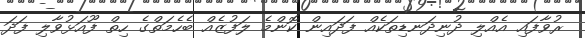
ރުވާފައި އެއްލި ދުނިދަނޑިތަކެއް ފަދައިން ކޮންމެ ލަފުޒެއް ބެހެމަތްގެ ހިތް ފޫއަޅުވާލި ފަދަ